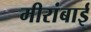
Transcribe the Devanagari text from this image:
मीरांबाई